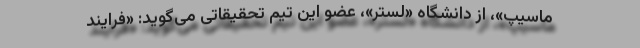
ماسیپ»، از دانشگاه «لستر»، عضو این تیم تحقیقاتی می‌گوید: «فرایند